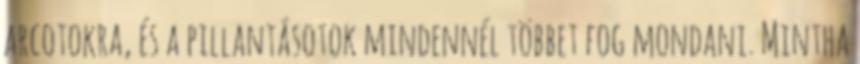
arcotokra, és a pillantásotok mindennél többet fog mondani. Mintha